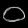
Digit: ၀